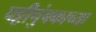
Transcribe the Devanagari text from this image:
पट्टीचुंबकाच्या